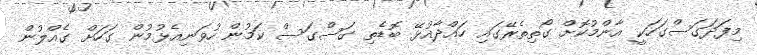
މިފަދަގަސްގަހަކީ އާންމުުކޮށް ގޯތިތެރޭގައި ހައްދާއުޅޭ ބޮޑެތި ގަސްގަސް ކަމުން ހުވަނިއެޅުމުން ގަހަށް ގެއްލުން